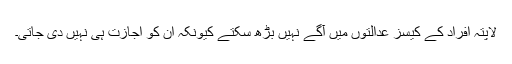
لاپتہ افراد کے کیسز عدالتوں میں آگے نہیں بڑھ سکتے کیونکہ ان کو اجازت ہی نہیں دی جاتی۔